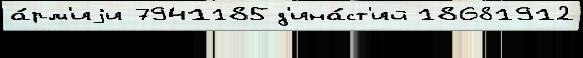
а́рм'иjи 7941185 д'ина́ст'ий 18681912